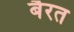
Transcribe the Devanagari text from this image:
बैरत